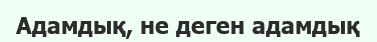
Адамдық, не деген адамдық